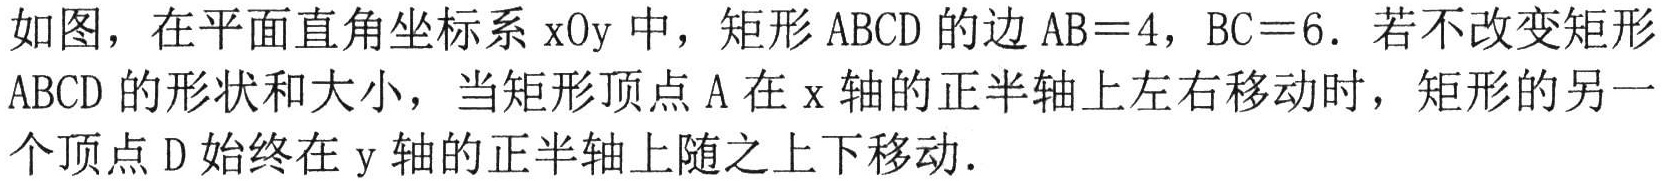
如图，在平面直角坐标系$\mathrm{x}\mathrm{O}\mathrm{y}$中，矩形$\mathrm{A}\mathrm{B}\mathrm{C}\mathrm{D}$的边$\mathrm{A}\mathrm{B}=4$，$\mathrm{B}\mathrm{C}=6$．若不改变矩形$\mathrm{A}\mathrm{B}\mathrm{C}\mathrm{D}$的形状和大小，当矩形顶点$\mathrm{A}$在$\mathrm{x}$轴的正半轴上左右移动时，矩形的另一个顶点$\mathrm{D}$始终在$\mathrm{y}$轴的正半轴上随之上下移动．